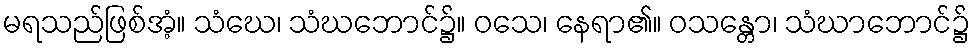
မရသည်ဖြစ်အံ့။ သံဃေ၊ သံဃဘောင်၌။ ဝသေ၊ နေရာ၏။ ဝသန္တော၊ သံဃာဘောင်၌